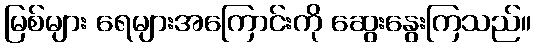
မြစ်များ ရေများအကြောင်းကို ဆွေးနွေးကြသည်။